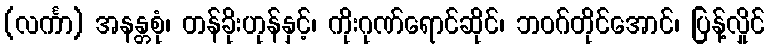
(လင်္ကာ) အနန္တစုံ၊ တန်ခိုးဟုန်နှင့်၊ ကိုးဂုဏ်ရောင်ဆိုင်၊ ဘဝဂ်တိုင်အောင်၊ ပြန့်လှိုင်